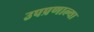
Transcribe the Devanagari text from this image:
उपप्रणाल्या